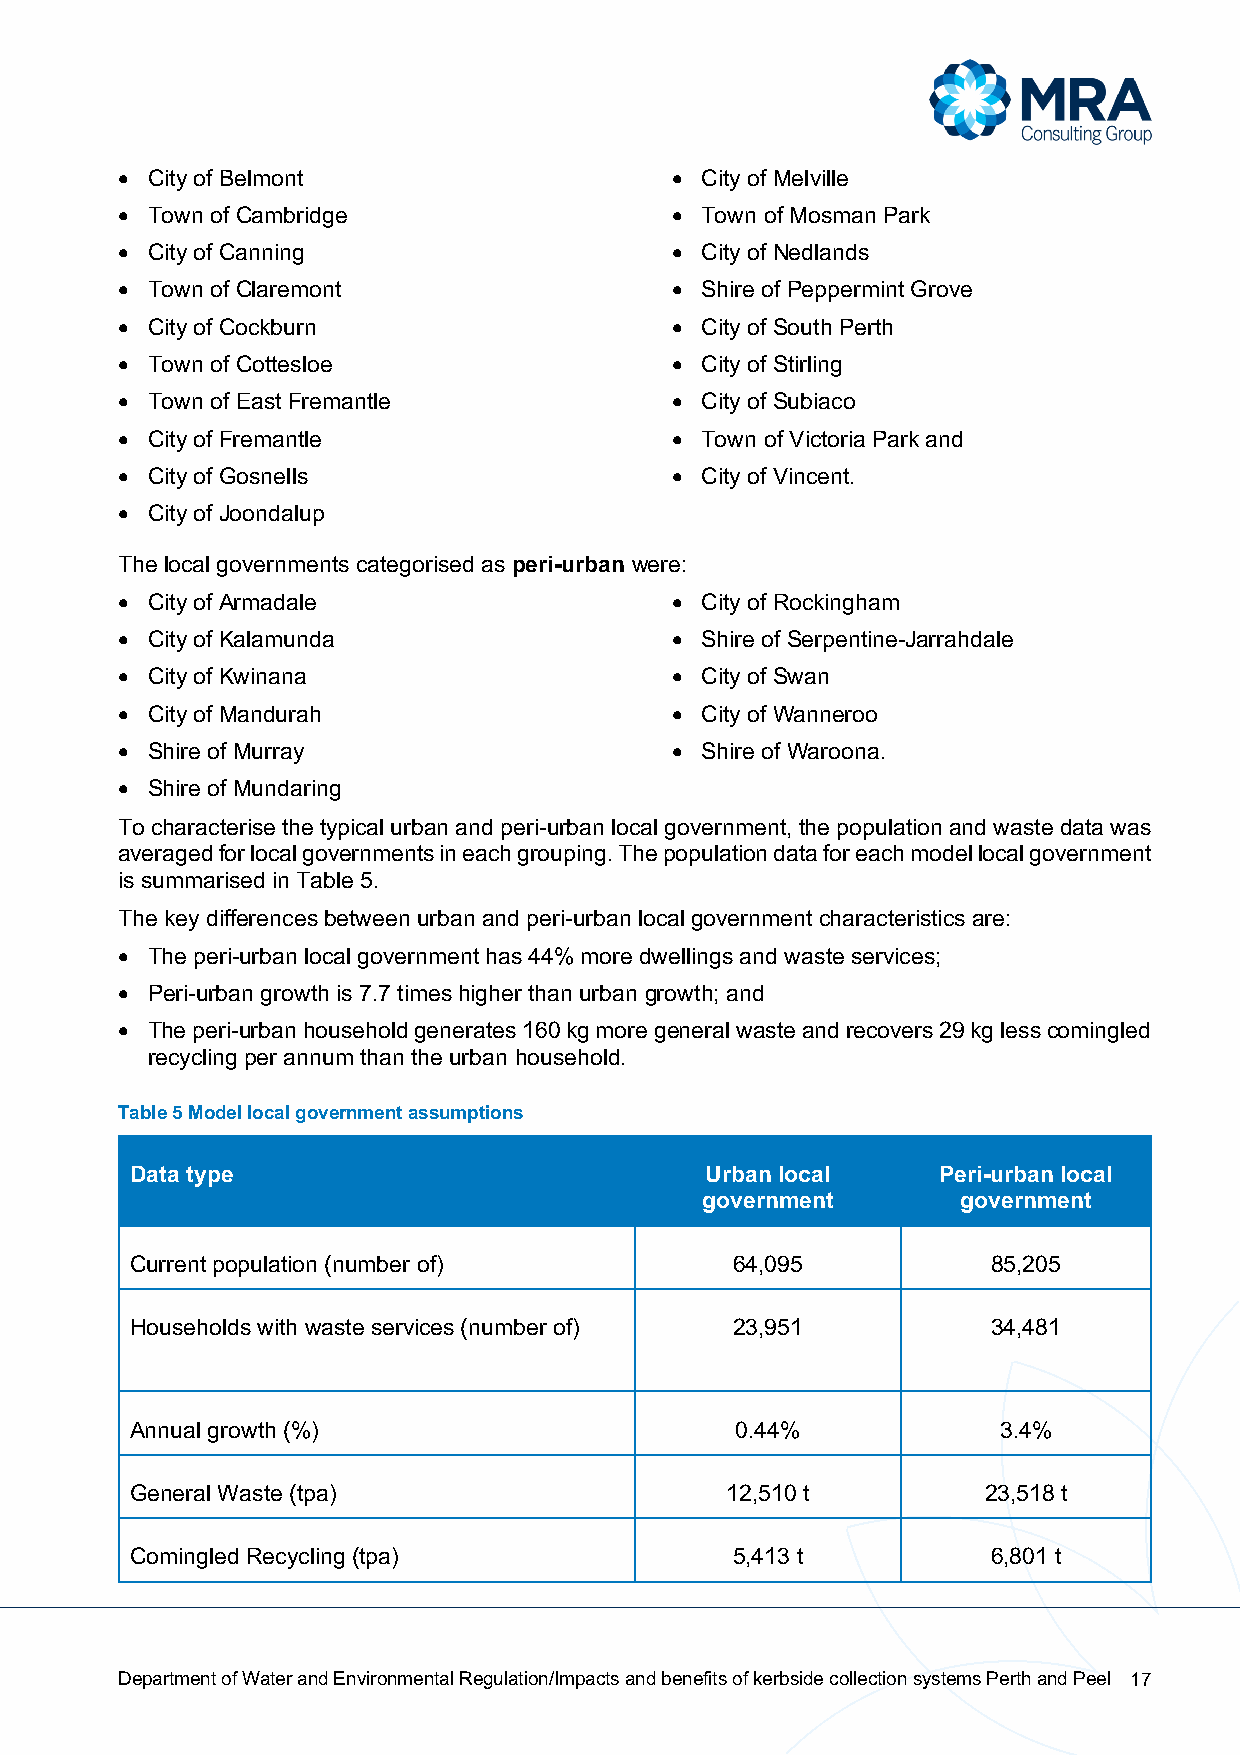
• City of Belmont                   • City of Melville
 • Town of Cambridge                 • Town of Mosman Park
 • City of Canning                   • City of Nedlands
 • Town of Claremont                 • Shire of Peppermint Grove
 • City of Cockburn                  • City of South Perth
 • Town of Cottesloe                 • City of Stirling
 • Town of East Fremantle            • City of Subiaco
 • City of Fremantle                 • Town of Victoria Park and
 • City of Gosnells                  • City of Vincent.
 • City of Joondalup
 The local governments categorised as peri-urban were:
 • City of Armadale                  • City of Rockingham
 • City of Kalamunda                 • Shire of Serpentine-Jarrahdale
 • City of Kwinana                   • City of Swan
 • City of Mandurah                  • City of Wanneroo
 • Shire of Murray                   • Shire of Waroona.
 • Shire of Mundaring
 To characterise the typical urban and peri-urban local government, the population and waste data was
 averaged for local governments in each grouping. The population data for each model local government
 is summarised in Table 5.
 The key differences between urban and peri-urban local government characteristics are:
 • The peri-urban local government has 44% more dwellings and waste services;
 • Peri-urban growth is 7.7 times higher than urban growth; and
 • The peri-urban household generates 160 kg more general waste and recovers 29 kg less comingled
 recycling per annum than the urban household.
 Table 5 Model local government assumptions
 Data type                             Urban local    Peri-urban local
 government        government
 Current population (number of)          64,095           85,205
 Households with waste services (number of) 23,951        34,481
 Annual growth (%)                       0.44%            3.4%
 General Waste (tpa)                    12,510 t         23,518 t
 Comingled Recycling (tpa)               5,413 t          6,801 t
 Department of Water and Environmental Regulation/Impacts and benefits of kerbside collection systems Perth and Peel 17